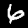
Label: 6